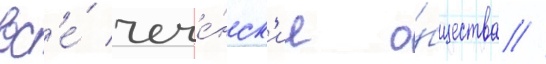
вс'е́ чече́нск'ие о́бщества //